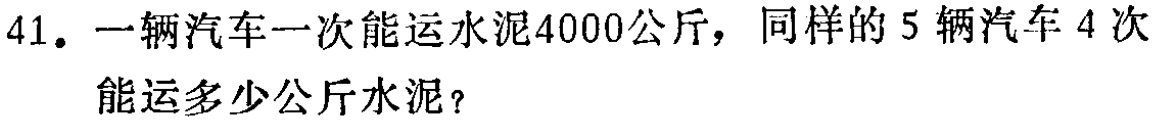
41. 一辆汽车一次能运水泥4000公斤，同样的5辆汽车4次能运多少公斤水泥？